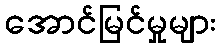
အောင်မြင်မှုများ